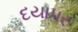
દયાપર